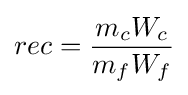
rec={\frac {m_{c}W_{c}}{m_{f}W_{f}}}